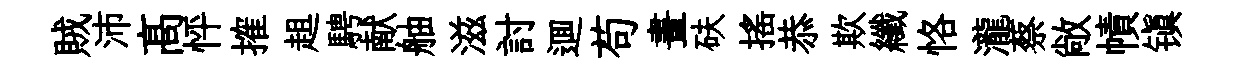
賊沛髙怦搉趄騁献舳滋討逥苟晝砆搖恭欺纖恪瀧蔡敞幘镇